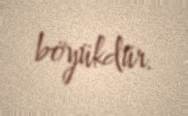
böyükdür.